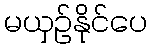
မယှဉ်နိုင်ပေ